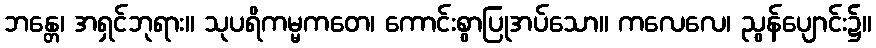
ဘန္တေ၊ အရှင်ဘုရား။ သုပရိကမ္မကတေ၊ ကောင်းစွာပြုအပ်သော။ ကလေလေ၊ ညွန်ပျောင်း၌။